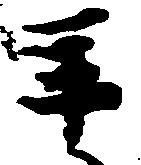
年